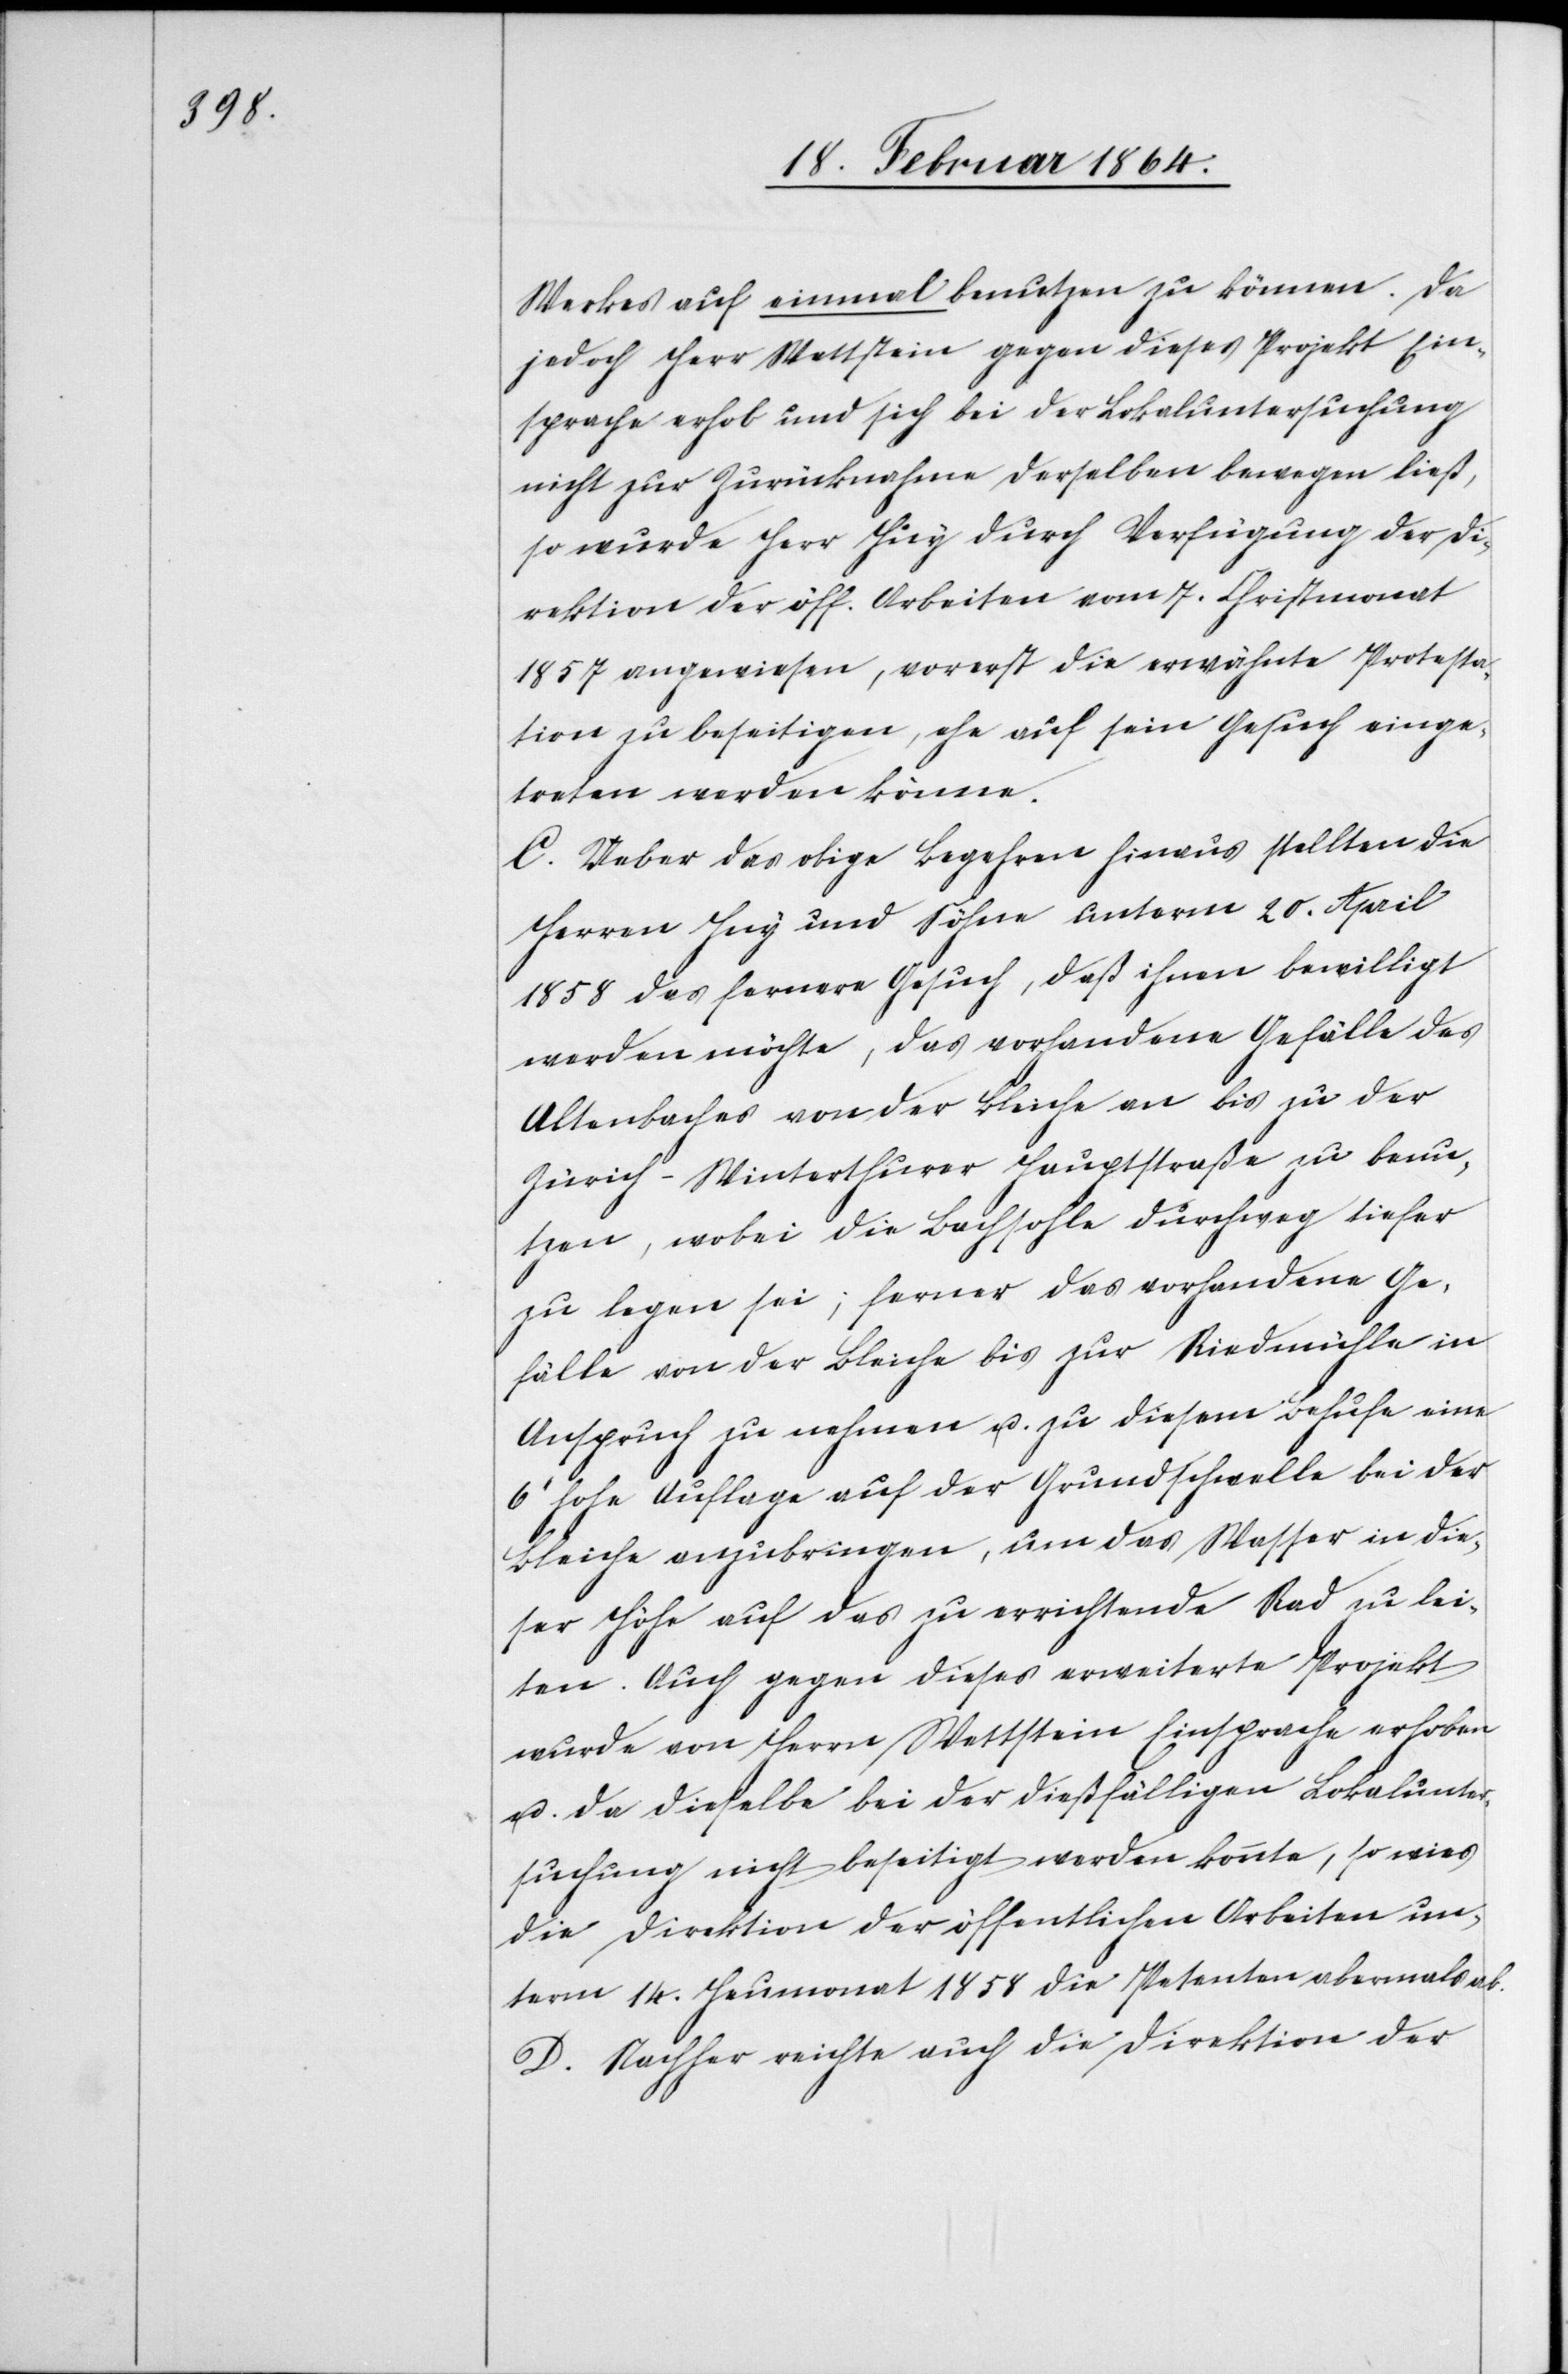
Werkes auf einmal benutzen zu können. Da
jedoch Herr Wettstein gegen dieses Projekt Ein¬
sprache erhob und sich bei der Lokaluntersuchung
nicht zur Zurücknahme derselben bewegen ließ,
so wurde Herr Huy durch Verfügung der Di¬
rektion der öff. Arbeiten vom 7. Christmonat
1857 angewiesen, vorerst die erwähnte Protesta¬
tion zu beseitigen, ehe auf sein Gesuch einge¬
treten werden könne.
C. Ueber das obige Begehren hinaus stellten die
Herren Huy und Söhne unterm 20. April
1858 das fernere Gesuch, daß ihnen bewilligt
werden möchte, das vorhandene Gefälle des
Altenbaches von der Bleiche an bis zu der
Zürich-Winterthurer Hauptstraße zu benu¬
tzen, wobei die Bachsohle durchweg tiefer
zu legen sei; ferner das vorhandene Ge¬
fälle von der Bleiche bis zur Riedmühle in
Anspruch zu nehmen u. zu diesem Behufe eine
6’ hohe Auflage auf der Grundschwelle bei der
Bleiche anzubringen, um das Wasser in die¬
ser Höhe auf das zu errichtende Rad zu lei¬
ten. Auch gegen dieses erweiterte Projekt
wurde von Herrn Wettstein Einsprache erhoben
u. da dieselbe bei der dießfälligen Lokalunter¬
suchung nicht beseitigt werden konnte, so wies
die Direktion der öffentlichen Arbeiten un¬
term 14. Heumonat 1858 die Petenten abermals ab.
D. Nachher reichte auch die Direktion der